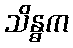
သိန္ဓက